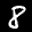
Label: 8